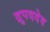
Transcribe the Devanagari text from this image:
द्रुपददेव